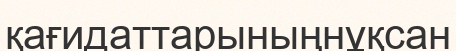
қағидаттарыныңнұқсан